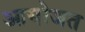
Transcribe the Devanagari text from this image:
आयोजत